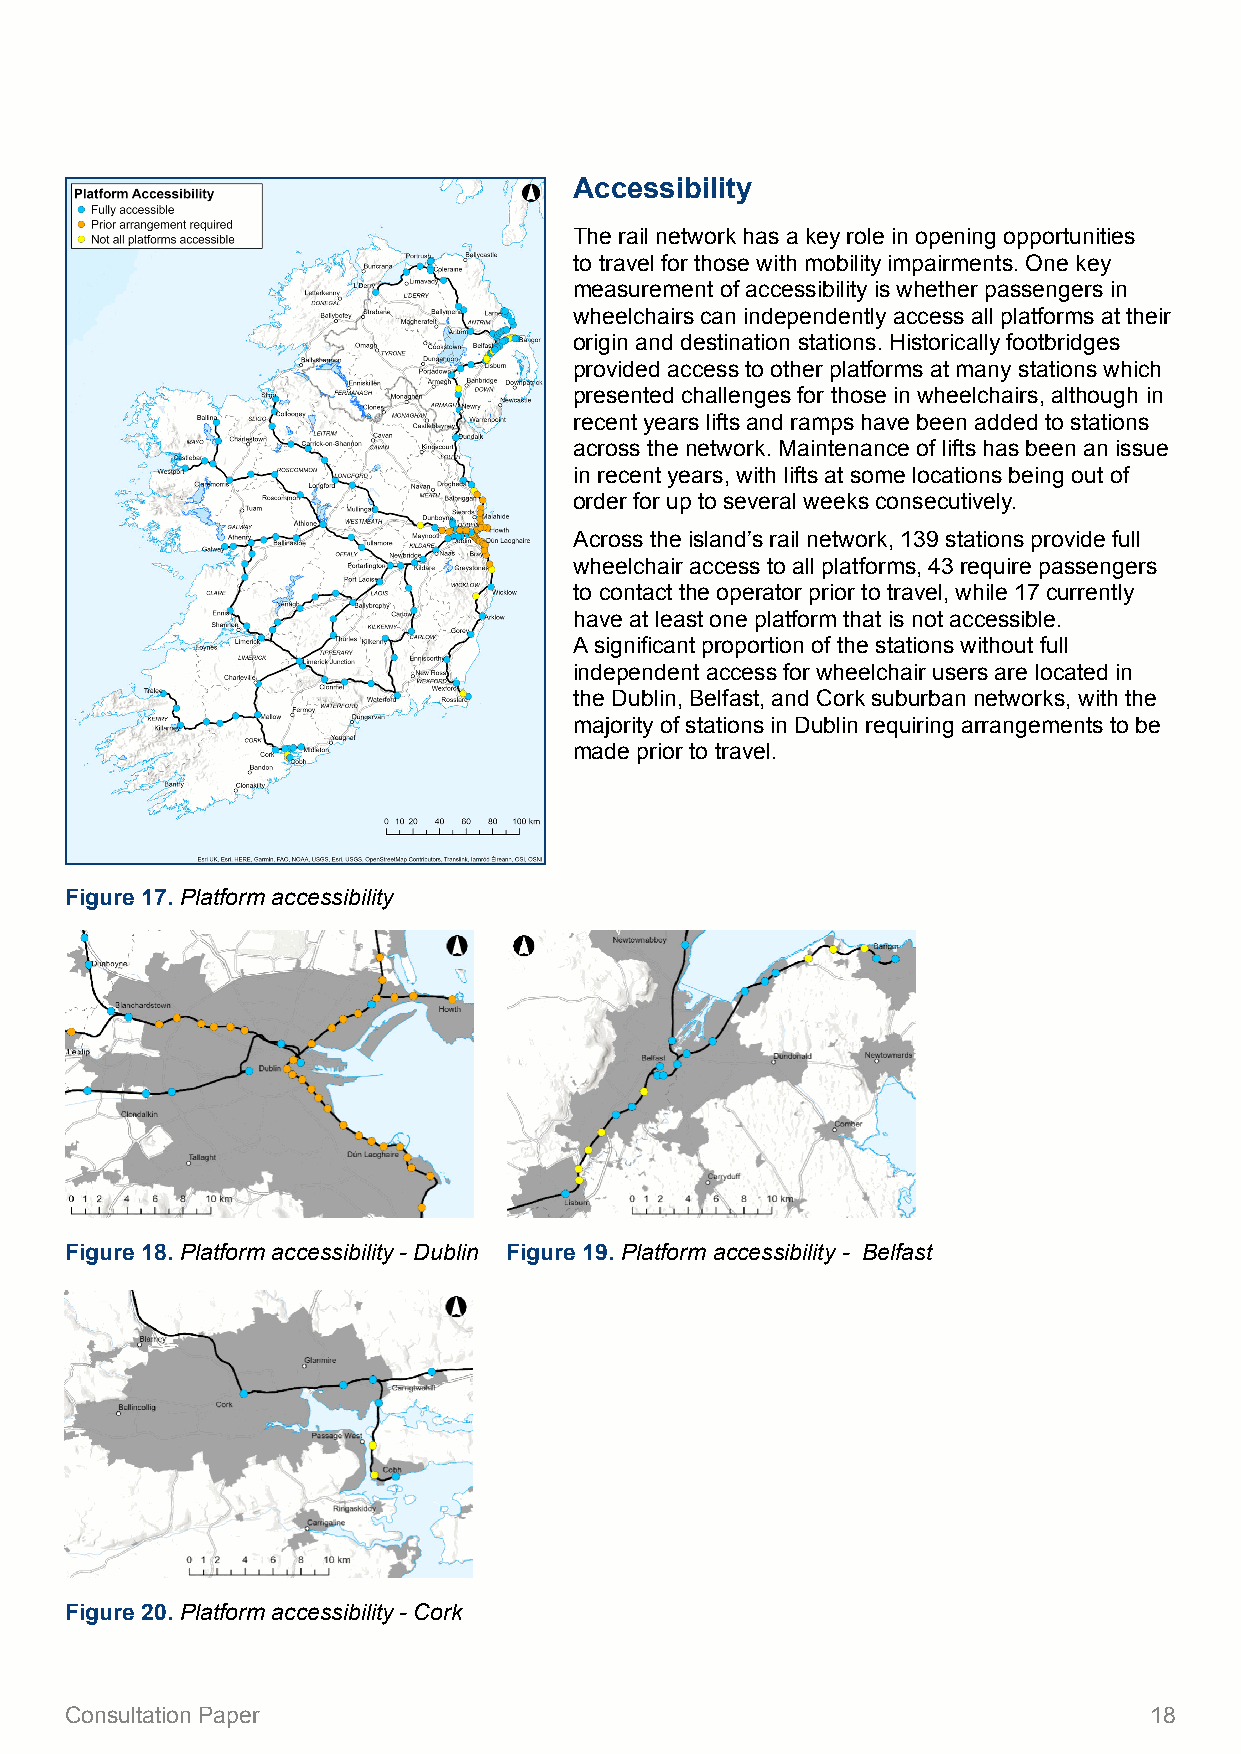
Accessibility
 The rail network has a key role in opening opportunities
 to travel for those with mobility impairments. One key
 measurement of accessibility is whether passengers in
 wheelchairs can independently access all platforms at their
 origin and destination stations. Historically footbridges
 provided access to other platforms at many stations which
 presented challenges for those in wheelchairs, although in
 recent years lifts and ramps have been added to stations
 across the network. Maintenance of lifts has been an issue
 in recent years, with lifts at some locations being out of
 order for up to several weeks consecutively.
 Across the island’s rail network, 139 stations provide full
 wheelchair access to all platforms, 43 require passengers
 to contact the operator prior to travel, while 17 currently
 have at least one platform that is not accessible.
 A significant proportion of the stations without full
 independent access for wheelchair users are located in
 the Dublin, Belfast, and Cork suburban networks, with the
 majority of stations in Dublin requiring arrangements to be
 made prior to travel.
 Figure 17. Platform accessibility
 Figure 18. Platform accessibility - Dublin Figure 19. Platform accessibility - Belfast
 Figure 20. Platform accessibility - Cork
 Consultation Paper                                                      18